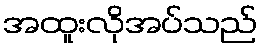
အထူးလိုအပ်သည်